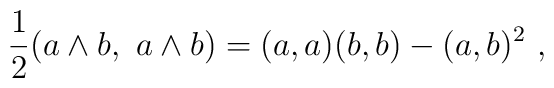
{1\over 2}(a \wedge b,\ a \wedge b) = (a,a)(b,b) - (a,b)^2\ ,